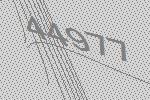
44977